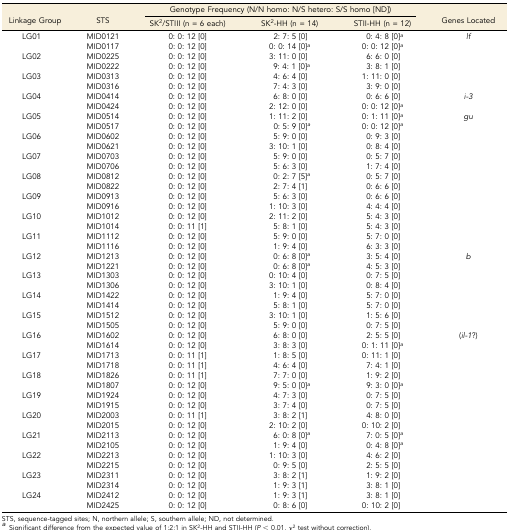
<table><thead><tr><td rowspan="2"><b>Linkage Group</b></td><td rowspan="2"><b>STS</b></td><td colspan="3"><b>Genotype Frequency (N/N homo: N/S hetero: S/S homo [ND])</b></td><td rowspan="2"><b>Genes Located</b></td></tr><tr><td><b>SK<sup>2</sup>/STIII (n = 6 each)</b></td><td><b>SK<sup>2</sup>-HH (n = 14)</b></td><td><b>STII-HH (n = 12)</b></td></tr></thead><tbody><tr><td rowspan="2">LG01</td><td>MID0121</td><td>0: 0: 12 [0]</td><td>2: 7: 5 [0]</td><td>0: 4: 8 [0]<i><sup>a</sup></i></td><td rowspan="2"><i>lf</i></td></tr><tr><td>MID0117</td><td>0: 0: 12 [0]</td><td>0: 0: 14 [0]<i><sup>a</sup></i></td><td>0: 0: 12 [0]<i><sup>a</sup></i></td></tr><tr><td rowspan="2">LG02</td><td>MID0225</td><td>0: 0: 12 [0]</td><td>3: 11: 0 [0]</td><td>6: 6: 0 [0]</td><td rowspan="2"></td></tr><tr><td>MID0222</td><td>0: 0: 12 [0]</td><td>9: 4: 1 [0]<i><sup>a</sup></i></td><td>3: 8: 1 [0]</td></tr><tr><td rowspan="2">LG03</td><td>MID0313</td><td>0: 0: 12 [0]</td><td>4: 6: 4 [0]</td><td>1: 11: 0 [0]</td><td rowspan="2"></td></tr><tr><td>MID0316</td><td>0: 0: 12 [0]</td><td>7: 4: 3 [0]</td><td>3: 9: 0 [0]</td></tr><tr><td rowspan="2">LG04</td><td>MID0414</td><td>0: 0: 12 [0]</td><td>6: 8: 0 [0]</td><td>0: 6: 6 [0]</td><td rowspan="2"><i>i-3</i></td></tr><tr><td>MID0424</td><td>0: 0: 12 [0]</td><td>2: 12: 0 [0]</td><td>0: 0: 12 [0]<i><sup>a</sup></i></td></tr><tr><td rowspan="2">LG05</td><td>MID0514</td><td>0: 0: 12 [0]</td><td>1: 11: 2 [0]</td><td>0: 1: 11 [0]<i><sup>a</sup></i></td><td rowspan="2"><i>gu</i></td></tr><tr><td>MID0517</td><td>0: 0: 12 [0]</td><td>0: 5: 9 [0]<i><sup>a</sup></i></td><td>0: 0: 12 [0]<i><sup>a</sup></i></td></tr><tr><td rowspan="2">LG06</td><td>MID0602</td><td>0: 0: 12 [0]</td><td>5: 9: 0 [0]</td><td>0: 9: 3 [0]</td><td rowspan="2"></td></tr><tr><td>MID0621</td><td>0: 0: 12 [0]</td><td>3: 10: 1 [0]</td><td>0: 8: 4 [0]</td></tr><tr><td rowspan="2">LG07</td><td>MID0703</td><td>0: 0: 12 [0]</td><td>5: 9: 0 [0]</td><td>0: 5: 7 [0]</td><td rowspan="2"></td></tr><tr><td>MID0706</td><td>0: 0: 12 [0]</td><td>5: 6: 3 [0]</td><td>1: 7: 4 [0]</td></tr><tr><td rowspan="2">LG08</td><td>MID0812</td><td>0: 0: 12 [0]</td><td>0: 2: 7 [5]<i><sup>a</sup></i></td><td>0: 5: 7 [0]</td><td rowspan="2"></td></tr><tr><td>MID0822</td><td>0: 0: 12 [0]</td><td>2: 7: 4 [1]</td><td>0: 6: 6 [0]</td></tr><tr><td rowspan="2">LG09</td><td>MID0913</td><td>0: 0: 12 [0]</td><td>5: 6: 3 [0]</td><td>0: 6: 6 [0]</td><td rowspan="2"></td></tr><tr><td>MID0916</td><td>0: 0: 12 [0]</td><td>1: 10: 3 [0]</td><td>4: 4: 4 [0]</td></tr><tr><td rowspan="2">LG10</td><td>MID1012</td><td>0: 0: 12 [0]</td><td>2: 11: 2 [0]</td><td>5: 4: 3 [0]</td><td rowspan="2"></td></tr><tr><td>MID1014</td><td>0: 0: 11 [1]</td><td>5: 8: 1 [0]</td><td>5: 4: 3 [0]</td></tr><tr><td rowspan="2">LG11</td><td>MID1112</td><td>0: 0: 12 [0]</td><td>5: 9: 0 [0]</td><td>5: 7: 0 [0]</td><td rowspan="2"></td></tr><tr><td>MID1116</td><td>0: 0: 12 [0]</td><td>1: 9: 4 [0]</td><td>6: 3: 3 [0]</td></tr><tr><td rowspan="2">LG12</td><td>MID1213</td><td>0: 0: 12 [0]</td><td>0: 6: 8 [0]<i><sup>a</sup></i></td><td>3: 5: 4 [0]</td><td rowspan="2"><i>b</i></td></tr><tr><td>MID1221</td><td>0: 0: 12 [0]</td><td>0: 6: 8 [0]<i><sup>a</sup></i></td><td>4: 5: 3 [0]</td></tr><tr><td rowspan="2">LG13</td><td>MID1303</td><td>0: 0: 12 [0]</td><td>0: 10: 4 [0]</td><td>0: 7: 5 [0]</td><td rowspan="2"></td></tr><tr><td>MID1306</td><td>0: 0: 12 [0]</td><td>3: 10: 1 [0]</td><td>0: 8: 4 [0]</td></tr><tr><td rowspan="2">LG14</td><td>MID1422</td><td>0: 0: 12 [0]</td><td>1: 9: 4 [0]</td><td>5: 7: 0 [0]</td><td rowspan="2"></td></tr><tr><td>MID1414</td><td>0: 0: 12 [0]</td><td>5: 8: 1 [0]</td><td>5: 7: 0 [0]</td></tr><tr><td rowspan="2">LG15</td><td>MID1512</td><td>0: 0: 12 [0]</td><td>3: 10: 1 [0]</td><td>1: 5: 6 [0]</td><td rowspan="2"></td></tr><tr><td>MID1505</td><td>0: 0: 12 [0]</td><td>5: 9: 0 [0]</td><td>0: 7: 5 [0]</td></tr><tr><td rowspan="2">LG16</td><td>MID1602</td><td>0: 0: 12 [0]</td><td>6: 8: 0 [0]</td><td>2: 5: 5 [0]</td><td rowspan="2">(<i>il-1</i>?)</td></tr><tr><td>MID1614</td><td>0: 0: 12 [0]</td><td>3: 8: 3 [0]</td><td>0: 1: 11 [0]<i><sup>a</sup></i></td></tr><tr><td rowspan="2">LG17</td><td>MID1713</td><td>0: 0: 11 [1]</td><td>1: 8: 5 [0]</td><td>0: 11: 1 [0]</td><td rowspan="2"></td></tr><tr><td>MID1718</td><td>0: 0: 11 [1]</td><td>4: 6: 4 [0]</td><td>7: 4: 1 [0]</td></tr><tr><td rowspan="2">LG18</td><td>MID1826</td><td>0: 0: 11 [1]</td><td>7: 7: 0 [0]</td><td>1: 9: 2 [0]</td><td rowspan="2"></td></tr><tr><td>MID1807</td><td>0: 0: 12 [0]</td><td>9: 5: 0 [0]<i><sup>a</sup></i></td><td>9: 3: 0 [0]<i><sup>a</sup></i></td></tr><tr><td rowspan="2">LG19</td><td>MID1924</td><td>0: 0: 12 [0]</td><td>4: 7: 3 [0]</td><td>0: 7: 5 [0]</td><td rowspan="2"></td></tr><tr><td>MID1915</td><td>0: 0: 12 [0]</td><td>3: 7: 4 [0]</td><td>0: 7: 5 [0]</td></tr><tr><td rowspan="2">LG20</td><td>MID2003</td><td>0: 0: 11 [1]</td><td>3: 8: 2 [1]</td><td>4: 8: 0 [0]</td><td rowspan="2"></td></tr><tr><td>MID2015</td><td>0: 0: 12 [0]</td><td>2: 10: 2 [0]</td><td>0: 10: 2 [0]</td></tr><tr><td rowspan="2">LG21</td><td>MID2113</td><td>0: 0: 12 [0]</td><td>6: 0: 8 [0]<i><sup>a</sup></i></td><td>7: 0: 5 [0]<i><sup>a</sup></i></td><td rowspan="2"></td></tr><tr><td>MID2105</td><td>0: 0: 12 [0]</td><td>1: 9: 4 [0]</td><td>0: 4: 8 [0]<i><sup>a</sup></i></td></tr><tr><td rowspan="2">LG22</td><td>MID2213</td><td>0: 0: 12 [0]</td><td>1: 10: 3 [0]</td><td>4: 6: 2 [0]</td><td rowspan="2"></td></tr><tr><td>MID2215</td><td>0: 0: 12 [0]</td><td>0: 9: 5 [0]</td><td>2: 5: 5 [0]</td></tr><tr><td rowspan="2">LG23</td><td>MID2311</td><td>0: 0: 12 [0]</td><td>3: 8: 2 [1]</td><td>1: 9: 2 [0]</td><td rowspan="2"></td></tr><tr><td>MID2314</td><td>0: 0: 12 [0]</td><td>1: 9: 3 [1]</td><td>3: 8: 1 [0]</td></tr><tr><td rowspan="2">LG24</td><td>MID2412</td><td>0: 0: 12 [0]</td><td>1: 9: 3 [1]</td><td>3: 8: 1 [0]</td><td rowspan="2"></td></tr><tr><td>MID2425</td><td>0: 0: 12 [0]</td><td>0: 8: 6 [0]</td><td>0: 10: 2 [0]</td></tr></tbody></table>